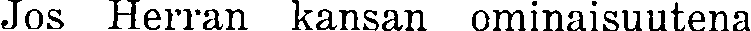
Jos Herran kansan ominaisuutena